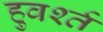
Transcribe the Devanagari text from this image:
हुवर्श्त